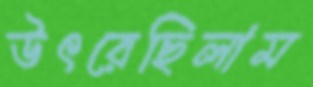
উৎরেছিলাম